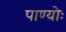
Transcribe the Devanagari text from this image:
पाण्योः